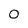
Character: 0